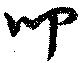
叩